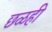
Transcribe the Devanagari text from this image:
छळही